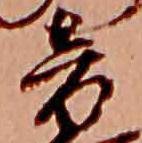
音